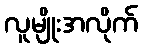
လူမျိုးအလိုက်